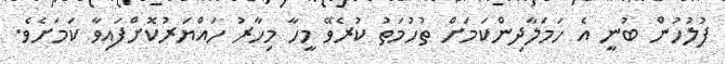
ފުލުހުން ބުނީ އެ ހަމަލާދިންކަމަށް ތުހުމަތު ކުރެވޭ މީހާ މިހާރު ހައްޔަރުކޮށްފައިވާ ކަމަށެވެ.